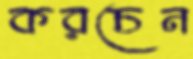
করচেন